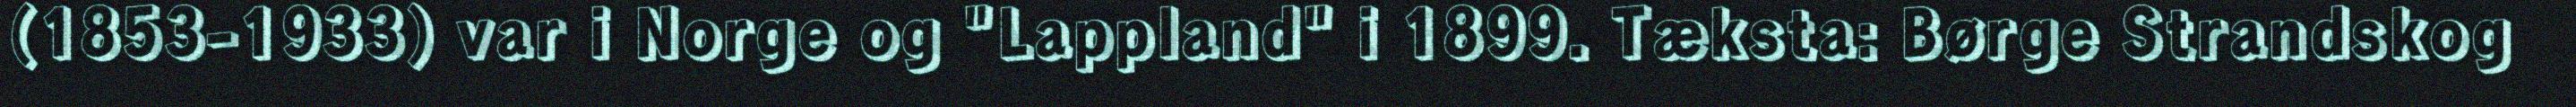
(1853-1933) var i Norge og "Lappland" i 1899. Tæksta: Børge Strandskog